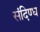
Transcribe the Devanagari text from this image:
संदिण्ध